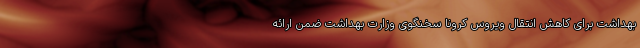
بهداشت برای کاهش انتقال ویروس کرونا سخنگوی وزارت بهداشت ضمن ارائه